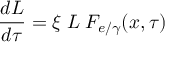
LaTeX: \frac { d { \cal L } } { d \tau } = \xi \; { \cal L } \; { \cal F } _ { e / \gamma } ( x , \tau )